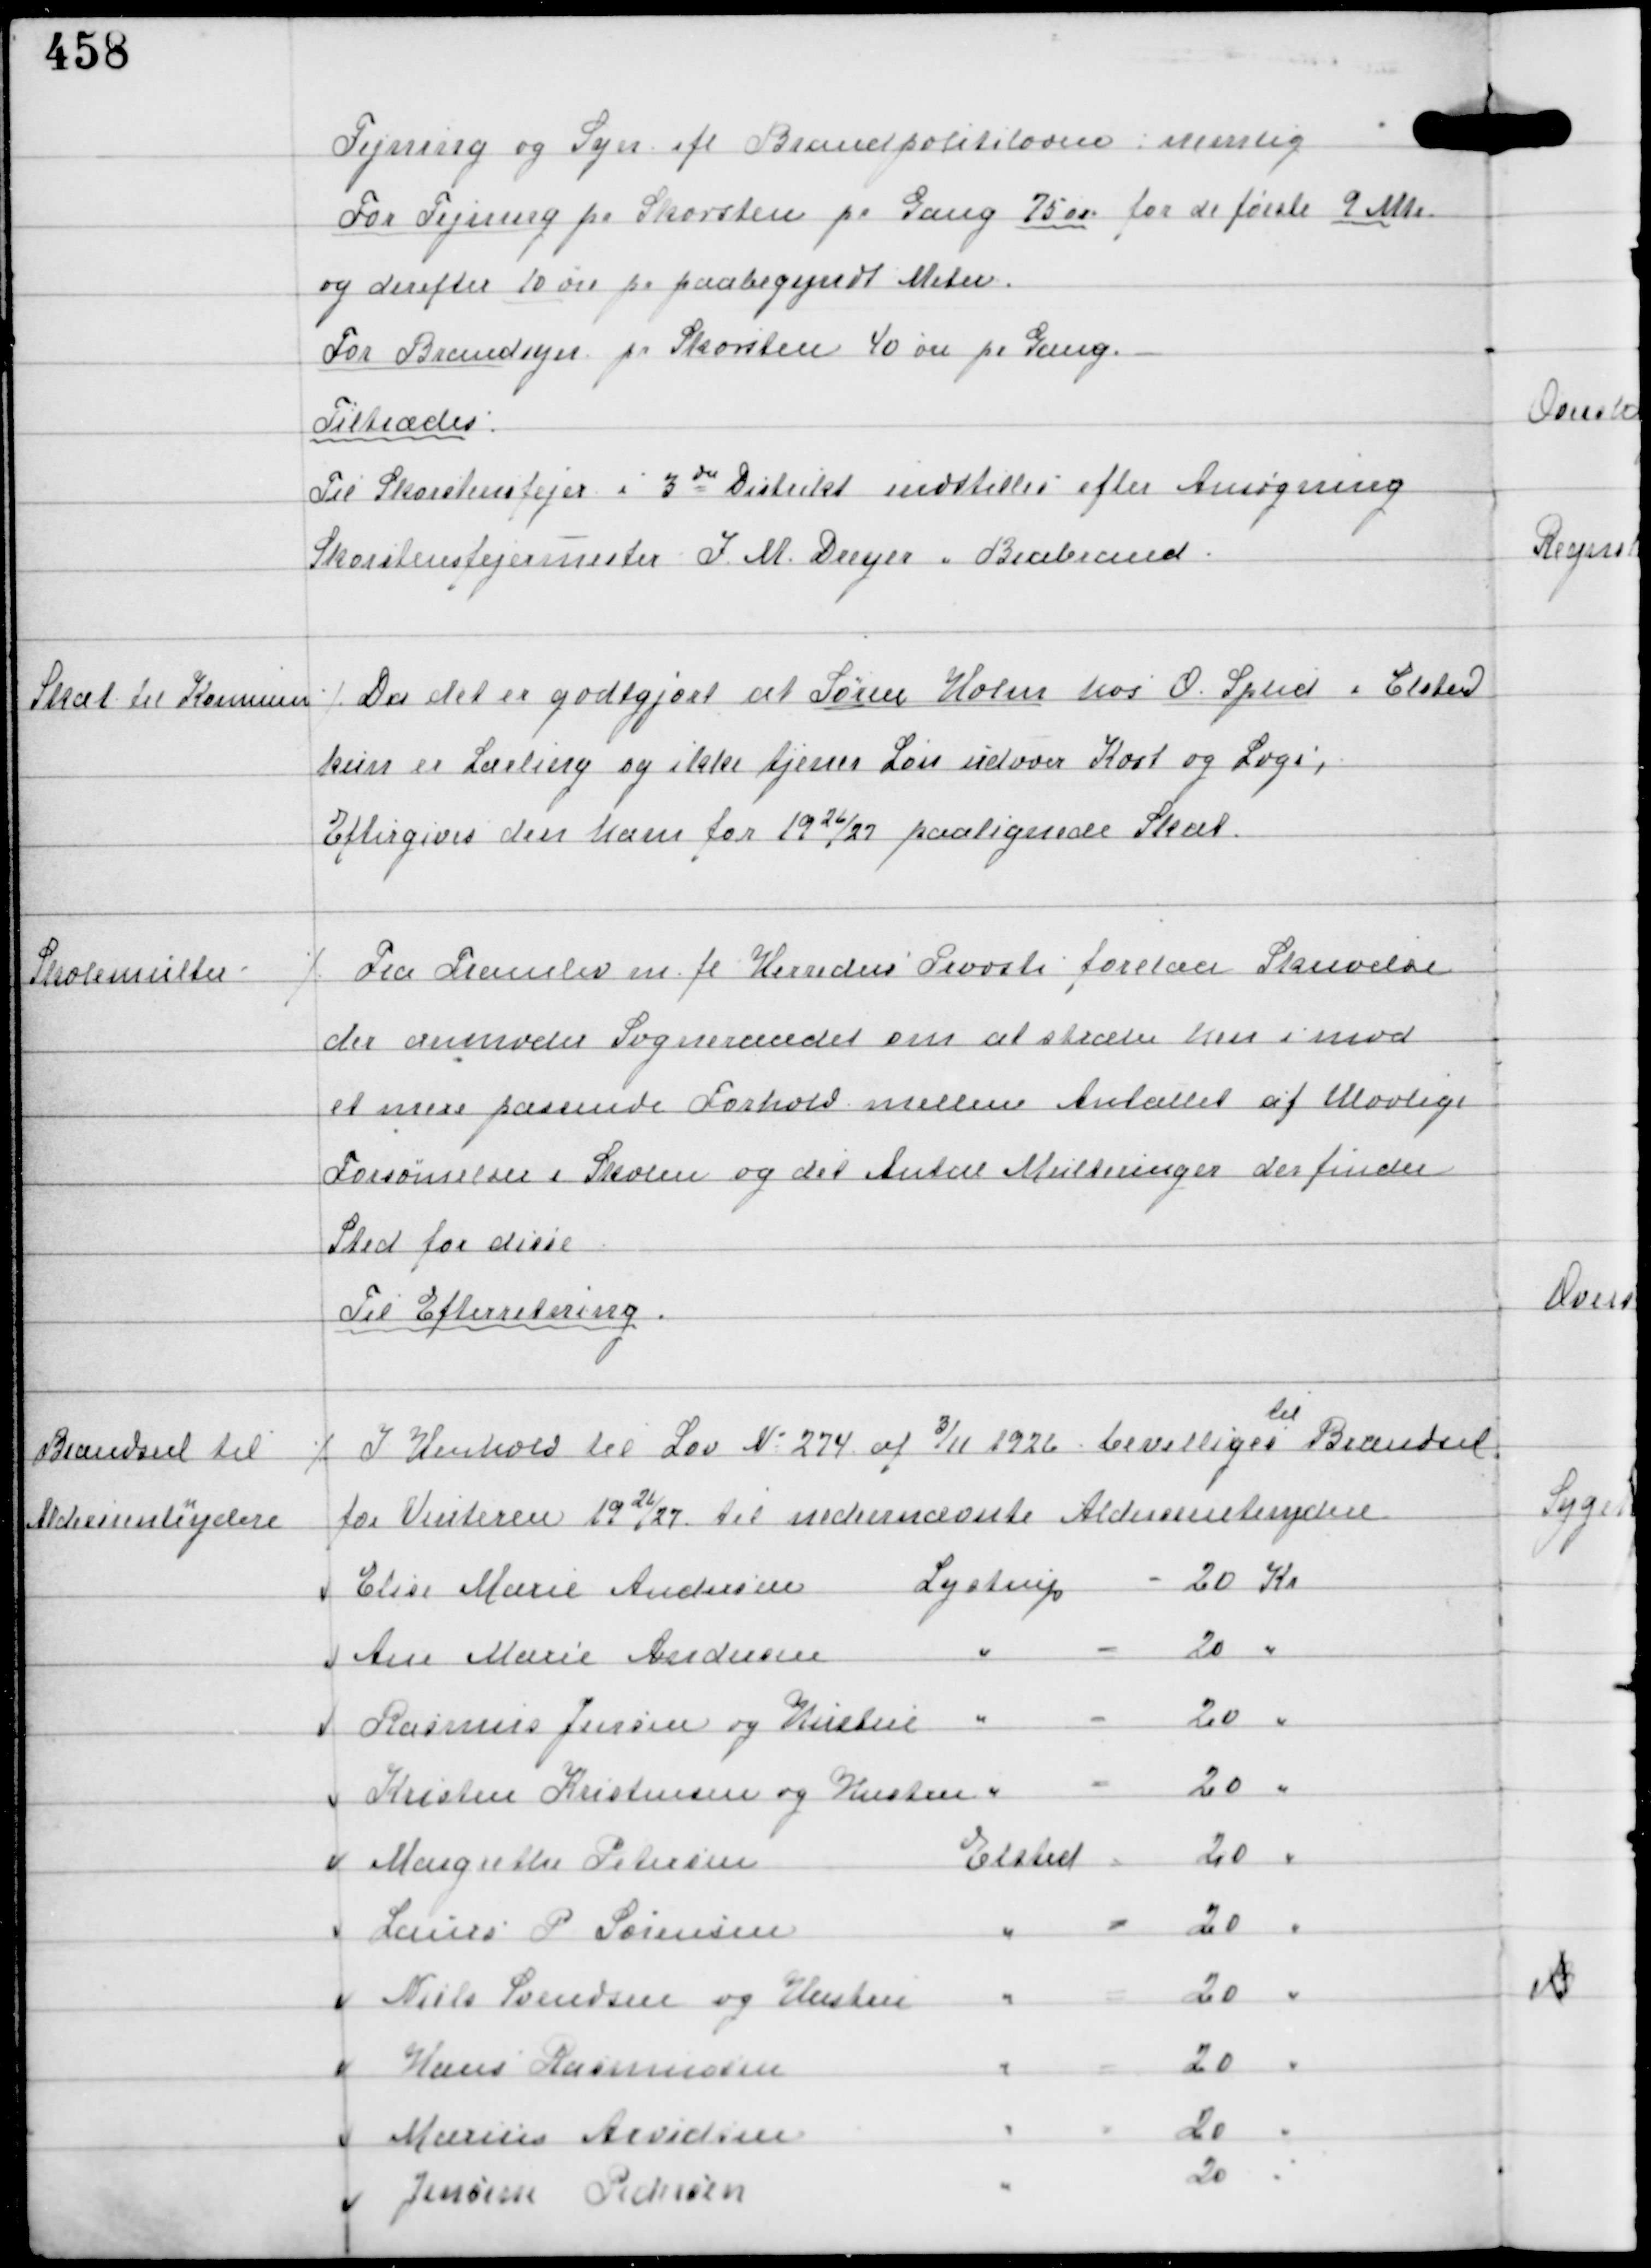
Transskription:
Fejning og Syn ifl Brandpolitiloven nemlig
For Fejning pr Skorsten pr Gang 75 øre for de første 9 Mte
og derefter 10 øre pr paabegyndt Meter.
For Brandsyn pr Skorsten 40 øre pr Gang.
Tiltrædes

Til Skorstensfejer i 3de Distrikt indstilles efter Ansøgning
Skorstensfejermester I. M. Dreyer, Brabrand

Skat til Komunen

⁒ Da det er godtgjort at Søren Holm hos O. Splid i Elsted
kun er Lærling og ikke tjener Løn udover Kost og Logi,
Eftergives den ham for 1926/27 paalignede Skat

Skolemulkter

⁒ Fra Framlev m.fl Herreders Provsti forelaa Skrivelse
der anmoder Sogneraadet om at stræbe hen imod
et mere passende Forhold mellem Antallet af Ulovlige
Forsømmelser i Skolen og det Antal Multeringer der finder
Sted for disse
Til Efterretning

Brændsel til
Aldersrentenydere

⁒ I Henhold til Lov No 274 af 3/11 1926 bevilligedes
til
Brændsel
for Vinteren 1926/27 til nedennævnte Aldersrentenydere